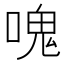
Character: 𠺌